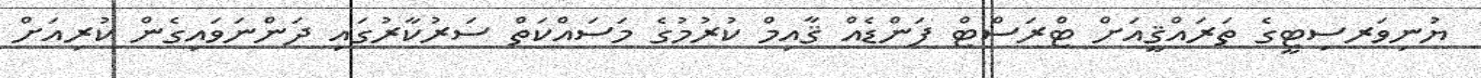
ޔުނިވަރސިޓީގެ ތަރައްޤީއަށް ޓްރަސްޓް ފަންޑެއް ޤާއިމް ކުރުމުގެ މަސައްކަތް ސަރުކާރުގައި ދަންނަވައިގެން ކުރިއަށް